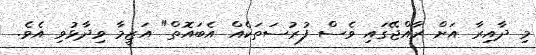
މި ދާއިރާ އަށް ރާއްޖޭގައި ވެސް ފުރުސަތަކެއް އެބައޮތް" އަޒީމާ ވިދާޅުވި އެވެ.